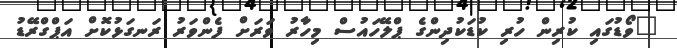
"ވޯޑުގައި ކުރިން ހުރި ކުޑަކުދިންގެ ޕްލޭހައުސް މިހާރު ވަރަށް ފެންވަރު ރަނގަޅުކޮށް އަޕްގްރޭޑު